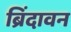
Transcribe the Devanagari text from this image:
ब्रिंदावन